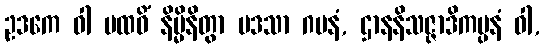
ဥဒကေ ဝါ ပထဝိံ နိမ္မိနိတွာ ပဒသာ ဂမနံ, ဌာနနိသဇ္ဇာဒိကပ္ပနံ ဝါ,